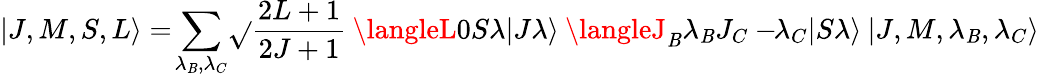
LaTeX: |J,M,S,L\rangle=\! \sum_{\lambda_{\mathit{B}},\lambda_{C}}\! \sqrt{}{{\frac{{2L+1}}{{2J+1}}}}\: \langleL0S\lambda|J\lambda\rangle\: \langleJ_{\mathit{B}}\lambda_{\mathit{B}}J_{C}-\! \! \lambda_{C}|S\lambda\rangle\: |J,M,\lambda_{\mathit{B}},\lambda_{C}\rangle